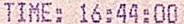
TIME: 16:44:00